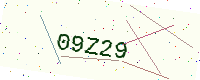
Text: 09Z29